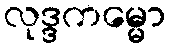
လုဒ္ဒကမ္မော